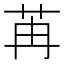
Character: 苒